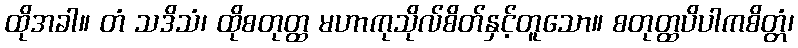
ထိုအခါ။ တံ သဒိသံ၊ ထိုစတုတ္ထ မဟာကုသိုလ်စိတ်နှင့်တူသော။ စတုတ္ထပိပါကစိတ္တံ၊